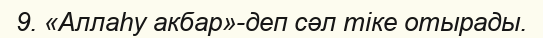
9. «Аллаһу акбар»-деп сәл тіке отырады.